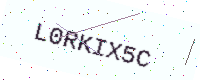
Text: L0RKIX5C